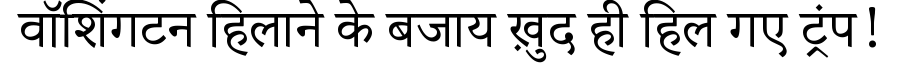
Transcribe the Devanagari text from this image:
वॉशिंगटन हिलाने के बजाय ख़ुद ही हिल गए ट्रंप!